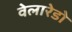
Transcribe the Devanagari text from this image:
वेलारेडो